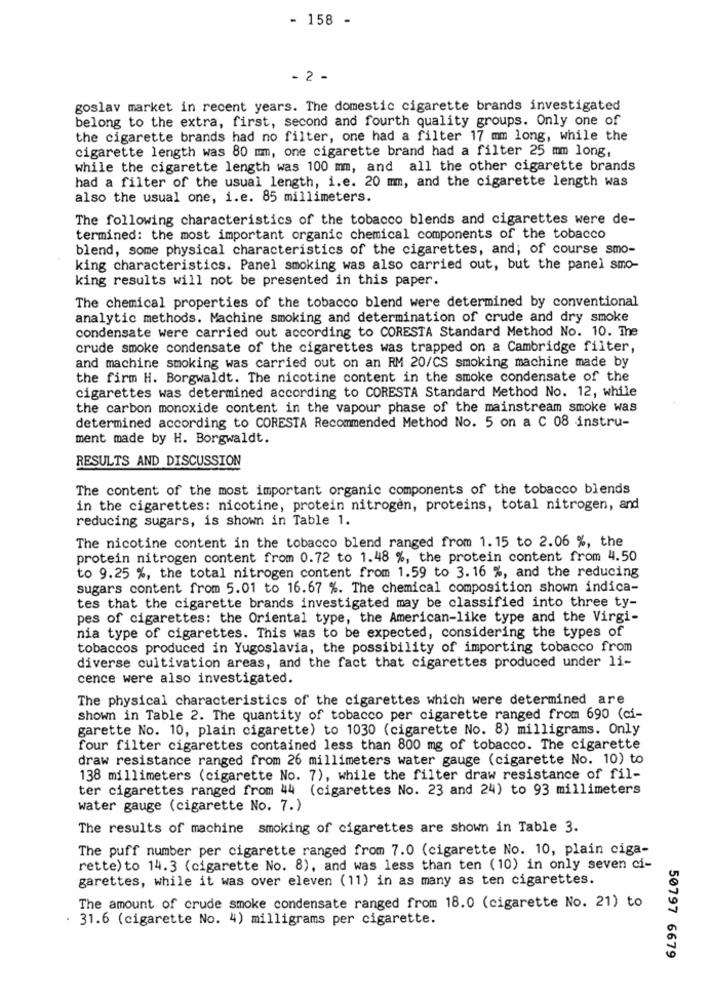
- 158 -
- 2 -
goslav market in recent years. The domestic cigarette brands investigated
belong to the extra, first, second and fourth quality groups. Only one of
the cigarette brands had no filter, one had a filter 17 mm long, while the
cigarette length was 80 mm, one cigarette brand had a filter 25 mm long,
while the cigarette length was 100 mm, and all the other cigarette brands
had a filter of the usual length, i.e. 20 mm, and the cigarette length was
also the usual one, i.e. 85 millimeters.
The following characteristics of the tobacco blends and cigarettes were de-
termined: the most important organic chemical components of the tobacco
blend, some physical characteristics of the cigarettes, and; of course smo-
king characteristics. Panel smoking was also carried out, but the panel smo-
king results will not be presented in this paper.
The chemical properties of the tobacco blend were determined by conventional
analytic methods. Machine smoking and determination of crude and dry smoke
condensate were carried out according to CORESTA Standard Method No. 10. The
crude smoke condensate of the cigarettes was trapped on a Cambridge filter,
and machine smoking was carried out on an RM 20/CS smoking machine made by
the firm H. Borgwaldt. The nicotine content in the smoke condensate of the
cigarettes was determined according to CORESTA Standard Method No. 12, while
the carbon monoxide content in the vapour phase of the mainstream smoke was
determined according to CORESTA Recommended Method No. 5 on a C 08 instru-
ment made by H. Borgwaldt.
RESULTS AND DISCUSSION
The content of the most important organic components of the tobacco blends
in the cigarettes: nicotine, protein nitrogen, proteins, total nitrogen, and
reducing sugars, is shown in Table 1.
The nicotine content in the tobacco blend ranged from 1.15 to 2.06 %, the
protein nitrogen content from 0.72 to 1.48 %, the protein content from 4.50
to 9.25 %, the total nitrogen content from 1.59 to 3.16 %, and the reducing
sugars content from 5.01 to 16.67 %. The chemical composition shown indica-
tes that the cigarette brands investigated may be classified into three ty-
pes of cigarettes: the Oriental type, the American-like type and the Virgi-
nia type of cigarettes. This was to be expected, considering the types of
tobaccos produced in Yugoslavia, the possibility of importing tobacco from
diverse cultivation areas, and the fact that cigarettes produced under li-
cence were also investigated.
The physical characteristics of the cigarettes which were determined are
shown in Table 2. The quantity of tobacco per cigarette ranged from 690 (ci-
garette No. 10, plain cigarette) to 1030 (cigarette No. 8) milligrams. Only
four filter cigarettes contained less than 800 mg of tobacco. The cigarette
draw resistance ranged from 26 millimeters water gauge (cigarette No. 10) to
138 millimeters (cigarette No. 7), while the filter draw resistance of fil-
ter cigarettes ranged from 44 (cigarettes No. 23 and 24) to 93 millimeters
water gauge (cigarette No. 7.)
The results of machine smoking of cigarettes are shown in Table 3.
The puff number per cigarette ranged from 7.0 (cigarette No. 10, plain ciga-
rette) to 14.3 (cigarette No. 8), and was less than ten (10) in only seven ci-
garettes, while it was over eleven (11) in as many as ten cigarettes.
The amount of crude smoke condensate ranged from 18.0 (cigarette No. 21) to
31.6 (cigarette No. 4) milligrams per cigarette.
50797 6679